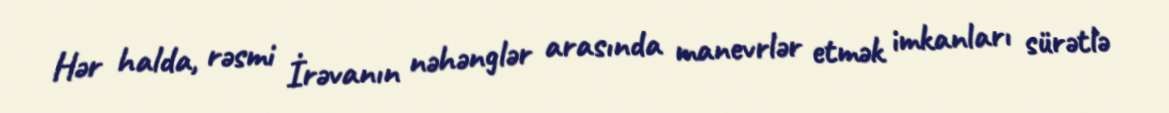
Hər halda, rəsmi İrəvanın nəhənglər arasında manevrlər etmək imkanları sürətlə